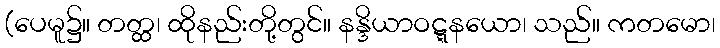
(ပေမူ၌။ တတ္ထ၊ ထိုနည်းတို့တွင်။ နန္ဒိယာဝဋ္ဋနယော၊ သည်။ ကတမော၊